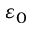
\varepsilon _ { 0 }